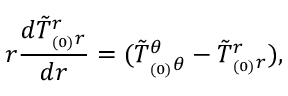
r \frac { d \tilde { T } _ { _ { ( 0 ) } r } ^ { r } } { d r } = ( \tilde { T } _ { _ { ( 0 ) } \theta } ^ { \theta } - \tilde { T } _ { _ { ( 0 ) } r } ^ { r } ) ,